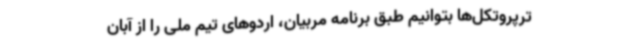
ترپروتکل‌ها بتوانیم طبق برنامه مربیان، اردوهای تیم ملی را از آبان